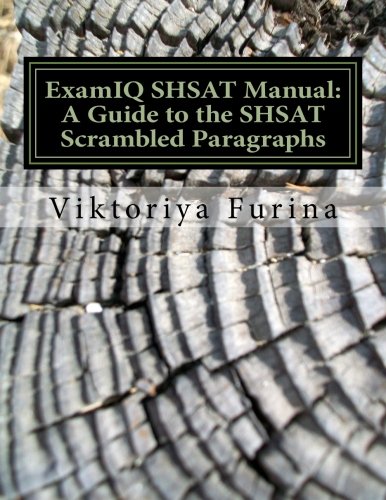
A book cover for ExamIQ SHSAT Manual: A Guide to the SHSAT Scrambled Paragraphs: 120 Scrambled Paragraphs, with Detailed Answer Explanations; Viktoriya Furina MPA; Test Preparation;